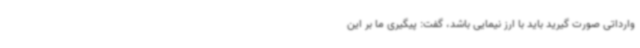
وارداتی صورت گیرید باید با ارز نیمایی باشد، گفت: پیگیری ما بر این